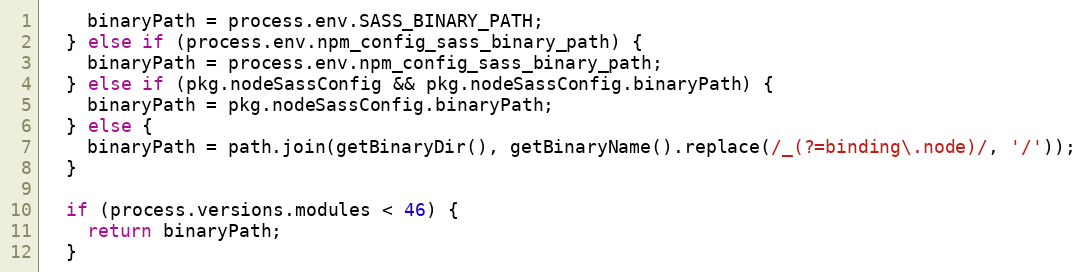
Language: JavaScript
    binaryPath = process.env.SASS_BINARY_PATH;
  } else if (process.env.npm_config_sass_binary_path) {
    binaryPath = process.env.npm_config_sass_binary_path;
  } else if (pkg.nodeSassConfig && pkg.nodeSassConfig.binaryPath) {
    binaryPath = pkg.nodeSassConfig.binaryPath;
  } else {
    binaryPath = path.join(getBinaryDir(), getBinaryName().replace(/_(?=binding\.node)/, '/'));
  }

  if (process.versions.modules < 46) {
    return binaryPath;
  }